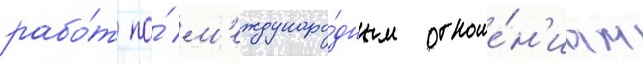
рабо́т по́ м'еждунаро́дным отноше́н'иам